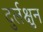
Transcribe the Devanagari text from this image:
दुर्लक्षुन